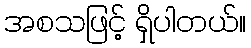
အစသဖြင့် ရှိပါတယ်။